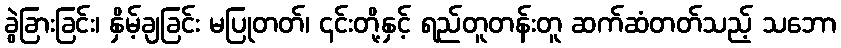
ခွဲခြားခြင်း၊ နှိမ့်ချခြင်း မပြုတတ်၊ ၎င်းတို့နှင့် ရည်တူတန်းတူ ဆက်ဆံတတ်သည့် သဘော